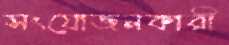
সংযোজনকারী